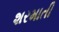
શરમાતી